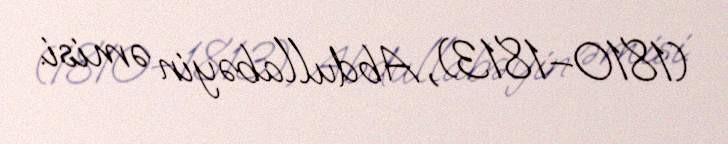
(1810–1813), Abdullabəyin əmisi.